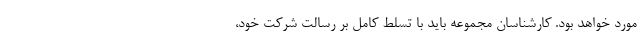
مورد خواهد بود. کارشناسان مجموعه باید با تسلط کامل بر رسالت شرکت خود،